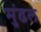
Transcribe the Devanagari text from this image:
मुंढल